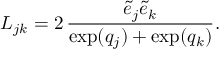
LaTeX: L _ { j k } = 2 \, \frac { \tilde { e } _ { j } \tilde { e } _ { k } } { \exp ( q _ { j } ) + \exp ( q _ { k } ) } .